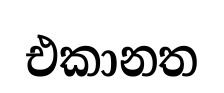
එකානත